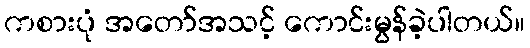
ကစားပုံ အတော်အသင့် ကောင်းမွန်ခဲ့ပါတယ်။